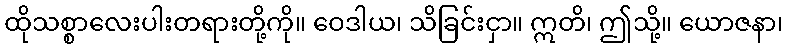
ထိုသစ္စာလေးပါးတရားတို့ကို။ ဝေဒါယ၊ သိခြင်းငှာ။ ဣတိ၊ ဤသို့။ ယောဇနာ၊